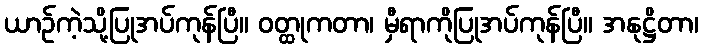
ယာဉ်ကဲ့သို့ပြုအပ်ကုန်ပြီ။ ဝတ္ထုကတာ၊ မှီရာကိုပြုအပ်ကုန်ပြီ။ အနုဋ္ဌိတာ၊